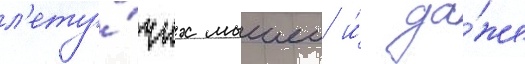
л'ету́чих мышеи и́ да́же